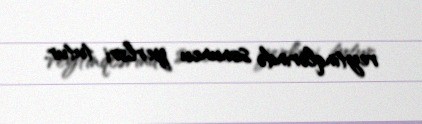
reytinqlərində sonuncu yerləri tutur.